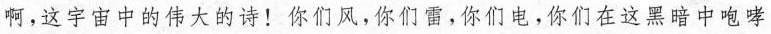
啊，这宇宙中的伟大的诗！你们风，你们雷，你们电，你们在这黑暗中咆哮